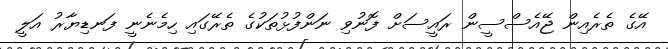
އޭގެ ތެރެއިން ޖޭއެސްސީން ރައީސަށް ފޮނުވި ނަންފުޅުތަކުގެ ތެރޭގައި ހިމެނެނީ ފަނޑިޔާރު އަލީ